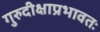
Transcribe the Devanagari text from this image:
गुरुदीक्षाप्रभावतः